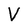
Character: V